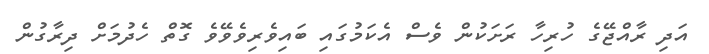
އަދި ރާއްޖޭގެ ހުރިހާ ރަށަކުން ވެސް އެކަމުގައި ބައިވެރިވެވޭވެ ގޮތް ހެދުމަށް ދިރާގުން